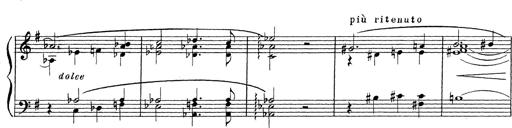
Title: Grosses Konzertsolo
Composer: Franz Liszt